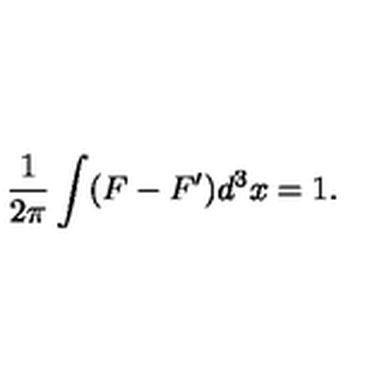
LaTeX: \frac { 1 } { 2 \pi } \int ( F - F ^ { \prime } ) d ^ { 3 } x = 1 .